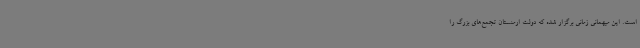
است. این میهمانی زمانی برگزار شده که دولت ارمنستان تجمع‌های بزرگ را